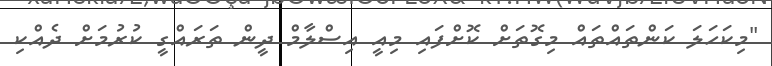
"މިކަހަލަ ކަންތައްތައް މިގޮތަށް ކޮށްފައި މިއީ އިސްލާމް ދީން ތަރައްގީ ކުރުމަށް ދެއްކި